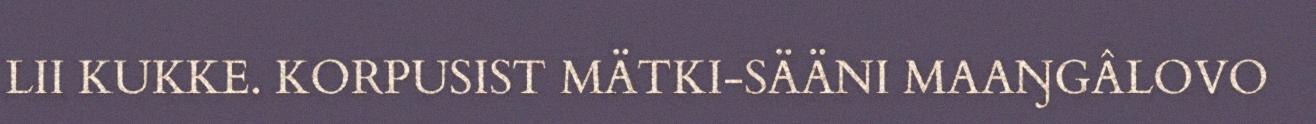
LII KUKKE. KORPUSIST MÄTKI-SÄÄNI MAAŊGÂLOVO